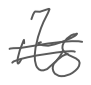
Text: its
Cross-out: double-line
Writing tool: digital_gray